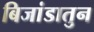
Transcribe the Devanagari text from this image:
बिजांडातुन